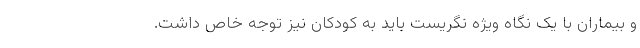
و بیماران با یک نگاه ویژه نگریست باید به کودکان نیز توجه خاص داشت.